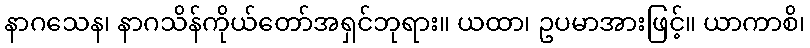
နာဂသေန၊ နာဂသိန်ကိုယ်တော်အရှင်ဘုရား။ ယထာ၊ ဥပမာအားဖြင့်။ ယာကာစိ၊